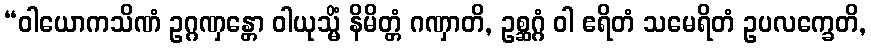
“ဝါယောကသိဏံ ဥဂ္ဂဏှန္တော ဝါယုသ္မိံ နိမိတ္တံ ဂဏှာတိ, ဥစ္ဆဂ္ဂံ ဝါ ဧရိတံ သမေရိတံ ဥပလက္ခေတိ,